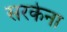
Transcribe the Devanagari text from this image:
सरकेना